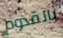
بالقدوم